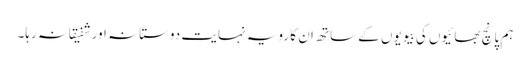
ہم پانچ بھائیوں کی بیویوں کے ساتھ ان کا رویہ نہایت دوستانہ اور شفیقانہ رہا۔